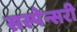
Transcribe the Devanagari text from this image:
सस्पेन्सरी